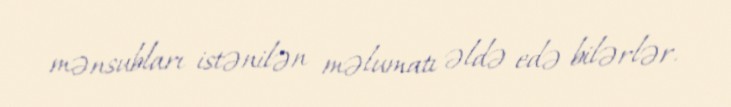
mənsubları istənilən məlumatı əldə edə bilərlər.